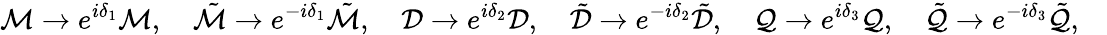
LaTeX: {\cal M}\to e^{i\delta_{1}}{\cal M},\quad\tilde{\cal M}\to e^{-i\delta_{1}}\tilde{\cal M},\quad{\cal D}\to e^{i\delta_{2}}{\cal D},\quad\tilde{\cal D}\to e^{-i\delta_{2}}\tilde{\cal D},\quad{\cal Q}\to e^{i\delta_{3}}{\cal Q},\quad\tilde{\cal Q}\to e^{-i\delta_{3}}\tilde{\cal Q},\quad